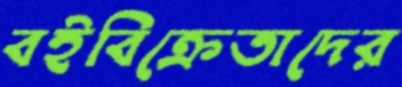
বইবিক্রেতাদের